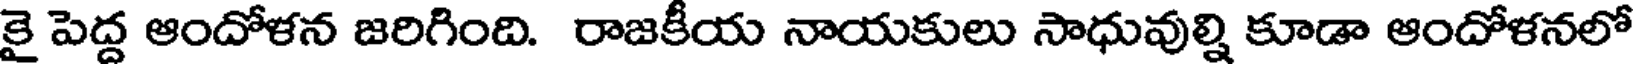
కై పెద్ద ఆందోళన జరిగింది. రాజకీయ నాయకులు సాధువుల్ని కూడా ఆందోళనలో